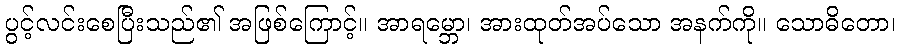
ပွင့်လင်းစေပြီးသည်၏ အဖြစ်ကြောင့်။ အာရမ္ဘော၊ အားထုတ်အပ်သော အနက်ကို။ သောဓိတော၊